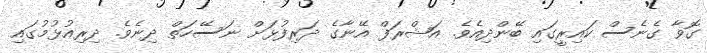
ގޮވާ ގެނެސް ކައިރީގައި ބޭންދިއެވެ. އަޝްރަފް އޭނާގެ ދަރިފުޅަށް ނަސޭހަތް ދިނެވެ. ދިރިއުޅުމުގައި